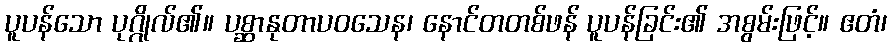
ပူပန်သော ပုဂ္ဂိုလ်၏။ ပစ္ဆာနုတာပဝသေန၊ နောင်တတစ်ဖန် ပူပန်ခြင်း၏ အစွမ်းဖြင့်။ ဧတံ၊